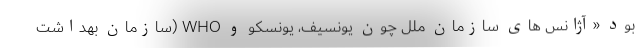
بود «آژانس های سازمان ملل چون یونسیف، یونسکو و WHO (سازمان بهداشت